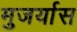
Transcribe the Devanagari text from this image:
मुजर्यास